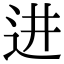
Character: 进